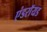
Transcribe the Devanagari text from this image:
एंडराॅयड